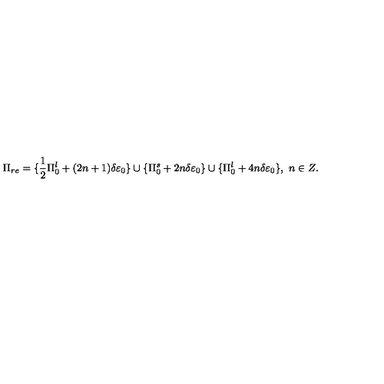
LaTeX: \Pi _ { r e } = \{ \frac { 1 } { 2 } \Pi _ { 0 } ^ { l } + ( 2 n + 1 ) \delta \varepsilon _ { 0 } \} \cup \{ \Pi _ { 0 } ^ { s } + 2 n \delta \varepsilon _ { 0 } \} \cup \{ \Pi _ { 0 } ^ { l } + 4 n \delta \varepsilon _ { 0 } \} , \ n \in Z .